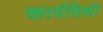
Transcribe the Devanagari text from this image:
कार्यविधी